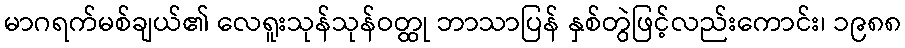
မာဂရက်မစ်ချယ်၏ လေရူးသုန်သုန်ဝတ္ထု ဘာသာပြန် နှစ်တွဲဖြင့်လည်းကောင်း၊ ၁၉၈၈